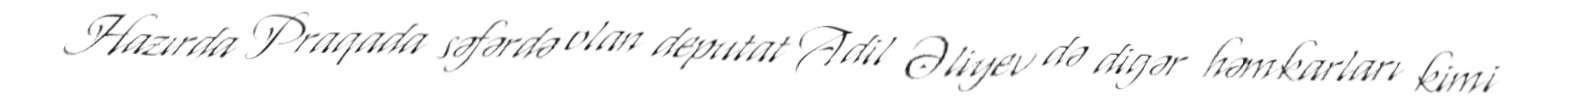
Hazırda Praqada səfərdə olan deputat Adil Əliyev də digər həmkarları kimi